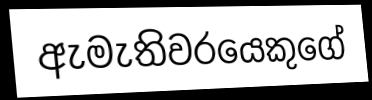
ඇමැතිවරයෙකුගේ